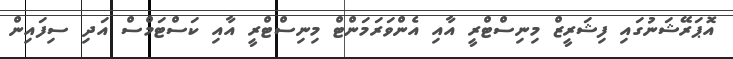
އޮޕަރޭޝަނުގައި ފިޝަރީޒް މިނިސްޓްރީ އާއި އެންވަރަމަންޓް މިނިސްޓްރީ އާއި ކަސްޓަމްސް އަދި ސިފައިން